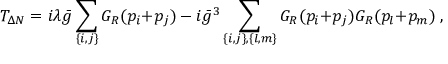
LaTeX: { \cal T } _ { \Delta N } = i \lambda \bar { g } \sum _ { \{ i , j \} } G _ { R } ( p _ { i } { + } p _ { j } ) - i \bar { g } ^ { 3 } \sum _ { \{ i , j \} , \{ l , m \} } G _ { R } ( p _ { i } { + } p _ { j } ) G _ { R } ( p _ { l } { + } p _ { m } ) \; ,